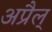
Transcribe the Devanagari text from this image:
अप्रैल्